Civil Veterinary Dept. Bombay admin report 1923-31 - 1923-1931
Year: 1923
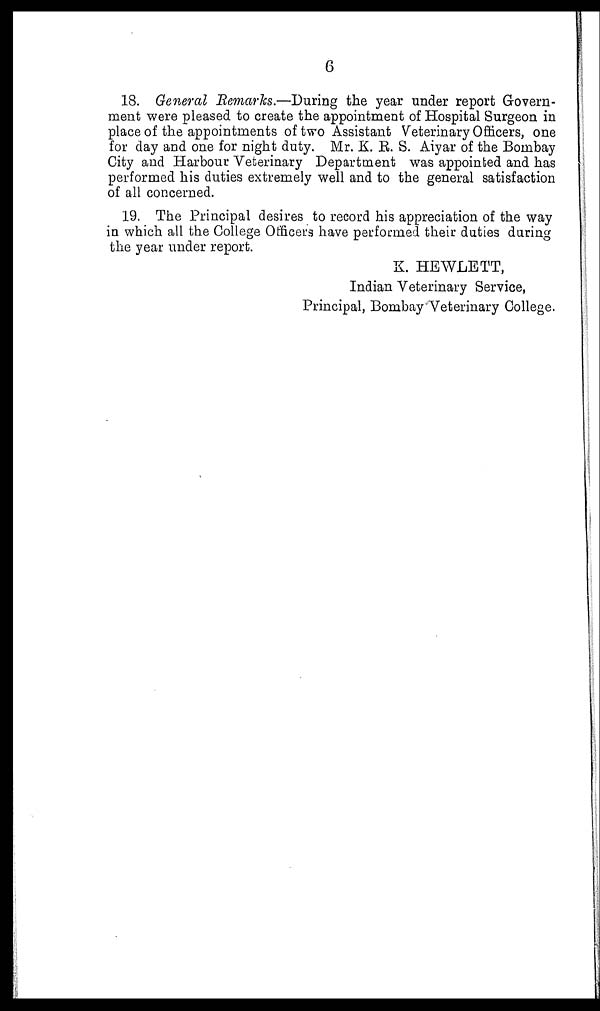
6
18. General Remarks.—During the year under report Govern-
ment were pleased to create the appointment of Hospital Surgeon in
place of the appointments of two Assistant Veterinary Officers, one
for day and one for night duty. Mr. K. R. S. Aiyar of the Bombay
City and Harbour Veterinary Department was appointed and has
performed his duties extremely well and to the general satisfaction
of all concerned.
19. The Principal desires to record his appreciation of the way
in which all the College Officers have performed their duties daring
the year under report.
K. HEWLETT,
Indian Veterinary Service,
Principal, Bombay Veterinary College.